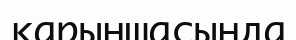
қарыншасында